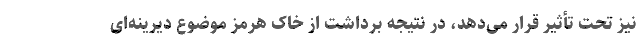
نیز تحت تأثیر قرار می‌دهد، در نتیجه برداشت از خاک هرمز موضوع دیرینه‌ای